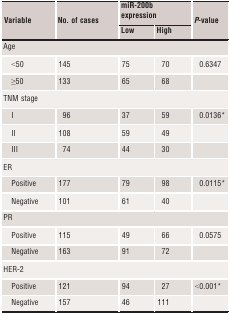
| <ROWSPAN=2> Variable | <ROWSPAN=2> No. of cases | <COLSPAN=2> miR-200b expression | <ROWSPAN=2> P-value |
 | Low | High |
 | --- | --- | --- | --- | --- |
 | <COLSPAN=5> Age |
 | <50 | 145 | 75 | 70 | 0.6347 |
 | ≥50 | 133 | 65 | 68 |  |
 | <COLSPAN=5> TNM stage |
 | I | 96 | 37 | 59 | 0.0136* |
 | II | 108 | 59 | 49 |  |
 | III | 74 | 44 | 30 |  |
 | <COLSPAN=5> ER |
 | Positive | 177 | 79 | 98 | 0.0115* |
 | Negative | 101 | 61 | 40 |  |
 | <COLSPAN=5> PR |
 | Positive | 115 | 49 | 66 | 0.0575 |
 | Negative | 163 | 91 | 72 |  |
 | <COLSPAN=5> HER-2 |
 | Positive | 121 | 94 | 27 | <0.001* |
 | Negative | 157 | 46 | 111 |  |